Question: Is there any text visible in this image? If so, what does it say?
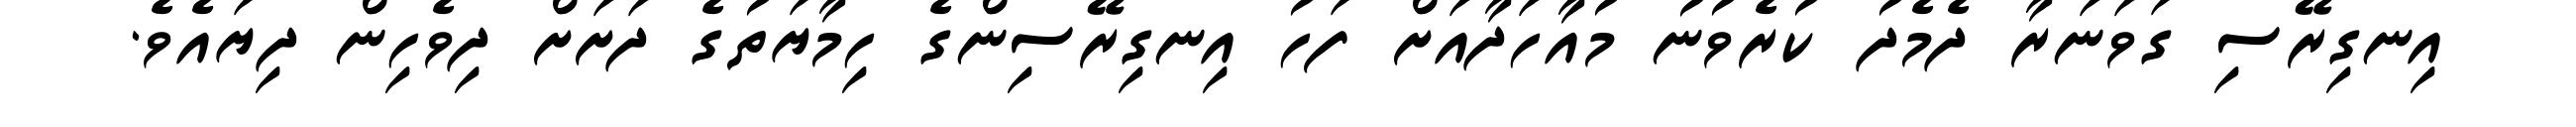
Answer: އިނގިރޭސި ގަވަނަރާ ދެމެދު ކުރެވުނު މުއާހަދާއަށް ފަހު އިނގިރޭސިންގެ ހިމާޔަތުގެ ދަށަށް ދިވެހިން ދިޔައެވެ.